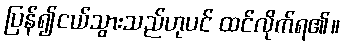
ပြန်၍ငယ်သွားသည်ဟုပင် ထင်လိုက်ရ၏။